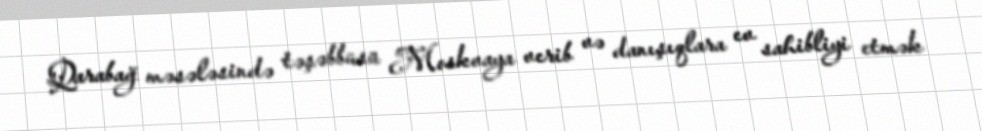
Qarabağ məsələsində təşəbbüsü Moskvaya verib və danışıqlara ev sahibliyi etmək